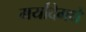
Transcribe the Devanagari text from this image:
मर्यादेमधे